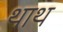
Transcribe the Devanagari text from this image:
थाथ